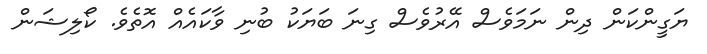
ޔަގީންކަން ދިން ނަމަވެސް އޭރުވެސް ގިނަ ބަޔަކު ބުނި ވާކައެއް އޮތެވެ. ކޯލިޝަން